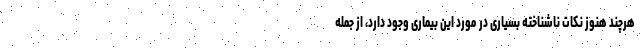
هرچند هنوز نکات ناشناخته بسیاری در مورد این بیماری وجود دارد، از جمله